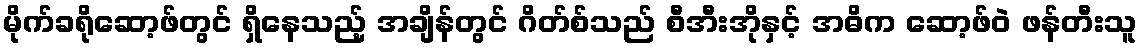
မိုက်ခရိုဆော့ဖ်တွင် ရှိနေသည့် အချိန်တွင် ဂိတ်စ်သည် စီအီးအိုနှင့် အဓိက ဆော့ဖ်ဝဲ ဖန်တီးသူ